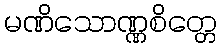
မဏိသောဏ္ဏစိတ္တေ